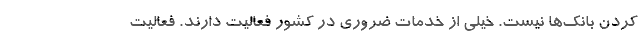
کردن بانک‌ها نیست. خیلی از خدمات ضروری در کشور فعالیت دارند. فعالیت